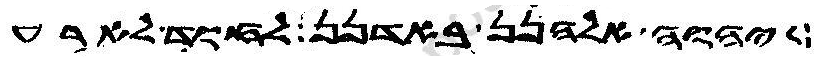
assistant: יהוה אלהנן באדנן לחוד לארע